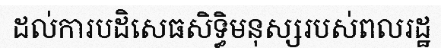
ដល់ការបដិសេធសិទ្ធិមនុស្សរបស់ពលរដ្ឋ